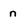
Character: n